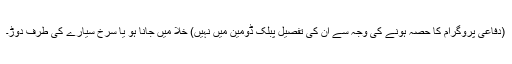
(دفاعی پروگرام کا حصہ ہونے کی وجہ سے ان کی تفصیل پبلک ڈومین میں نہیں) خلا میں جانا ہو یا سرخ سیارے کی طرف دوڑ۔